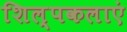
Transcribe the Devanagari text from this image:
शिल्पकलाएं